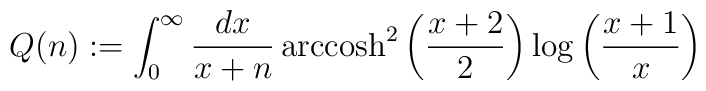
Q(n):=\int_0^\infty\frac{dx}{x+n}\,{\rm arccosh}^2\left(\frac{x+2}{2}\right)\log\left(\frac{x+1}{x}\right)